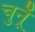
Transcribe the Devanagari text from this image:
चुनूँ